Indian journal of veterinary science and animal husbandry - Volume 14,
Year: 1944
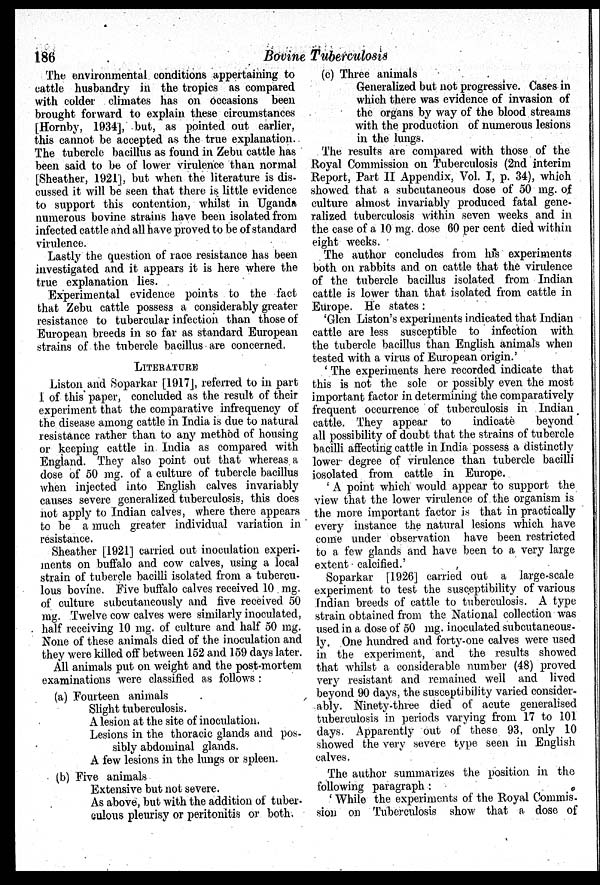
186
Bovine Tuberculosis
The environmental conditions appertaining to
cattle husbandry in the tropics as compared
with colder climates has on occasions been
brought forward to explain these circumstances
[Hornby, 1934], but, as pointed out earlier,
this cannot be accepted as the true explanation.
The tubercle bacillus as found in Zebu cattle has
been said to be of lower virulence than normal
[Sheather, 1921], but when the literature is dis-
cussed it will be seen that there is little evidence
to support this contention, whilst in Uganda
numerous bovine strains have been isolated from
infected cattle and all have proved to be of standard
virulence.
Lastly the question of race resistance has been
investigated and it appears it is here where the
true explanation lies.
Experimental evidence points to the fact
that Zebu cattle possess a considerably greater
resistance to tubercular infection than those of
European breeds in so far as standard European
strains of the tubercle bacillus are concerned.
LITERATURE
Liston and Soparkar [1917], referred to in part
I of this paper, concluded as the result of their
experiment that the comparative infrequency of
the disease among cattle in India is due to natural
resistance rather than to any method of housing
or keeping cattle in. India as compared with
England. They also point out that whereas a
dose of 50 mg. of a culture of tubercle bacillus
when injected into English calves invariably
causes severe generalized tuberculosis, this does
not apply to Indian calves, where there appears
to be a much greater individual variation in
resistance.
Sheather [1921] carried out inoculation experi-
ments on buffalo and cow calves, using a local
strain of tubercle bacilli isolated from a tubercu-
lous bovine. Five buffalo calves received 10 mg.
of culture subcutaneously and five received 50
mg. Twelve cow calves were similarly inoculated,
half receiving 10 mg. of culture and half 50 mg.
None of these animals died of the inoculation and
they were killed off between 152 and 159 days later.
All animals put on weight and the post-mortem
examinations were classified as follows:
(a) Fourteen animals
Slight tuberculosis.
A lesion at the site of inoculation.
Lesions in the thoracic glands and pos-
sibly abdominal glands.
A few lesions in the lungs or spleen.
(b) Five animals
Extensive but not severe.
As above, but with the addition of tuber-
culous pleurisy or peritonitis or both.
(c) Three animals
Generalized but not progressive. Cases in
which there was evidence of invasion of
the organs by way of the blood streams
with the production of numerous lesions
in the lungs.
The results are compared with those of the
Royal Commission on Tuberculosis (2nd interim
Report, Part II Appendix, Vol. I, p. 34), which
showed that a subcutaneous dose of 50 mg. of
culture almost invariably produced fatal gene-
ralized tuberculosis within seven weeks and in
the case of a 10 mg. dose 60 per cent died within
eight weeks.
The author concludes from his experiments
both on rabbits and on cattle that the virulence
of the tubercle bacillus isolated from Indian
cattle is lower than that isolated from cattle in
Europe. He states:
'Glen Liston's experiments indicated that Indian
cattle are less susceptible to infection with
the tubercle bacillus than English animals when
tested with a virus of European origin.'
'The experiments here recorded indicate that
this is not the sole or possibly even the most
important factor in determining the comparatively
frequent occurrence of tuberculosis in Indian
cattle. They appear to
indicate
beyond
all possibility of doubt that the strains of tubercle
bacilli affecting cattle in India possess a distinctly
lower degree of virulence than tubercle bacilli
iosolated from cattle in Europe.
'A point which would appear to support the
view that the lower virulence of the organism is
the more important factor is that in practically
every instance the natural lesions which have
come under observation have been restricted
to a few glands and have been to a very large
extent calcified.'
Soparkar [1926] carried out a large-scale
experiment to test the susceptibility of various
Indian breeds of cattle to tuberculosis. A type
strain obtained from the National collection was
used in a dose of 50 mg. inoculated subcutaneous-
ly. One hundred and forty-one calves were used
in the experiment, and the results showed
that whilst a considerable number (48) proved
very resistant and remained well and lived
beyond 90 days, the susceptibility varied consider-
ably. Ninety-three died of acute generalised
tuberculosis in periods varying from 17 to 101
days. Apparently out of these 93, only 10
showed the very severe type seen in English
calves.
The author summarizes the position in the
following paragraph:
' While the experiments of the Royal Commis-
sion on Tuberculosis show that a dose of